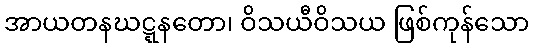
အာယတနဃဋ္ဋနတော၊ ဝိသယီဝိသယ ဖြစ်ကုန်သော